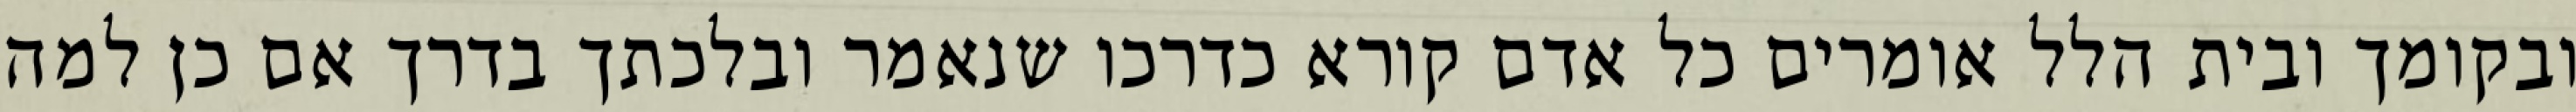
ובקומך ובית הלל אומרים כל אדם קורא כדרכו שנאמר ובלכתך בדרך אם כן למה